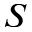
S